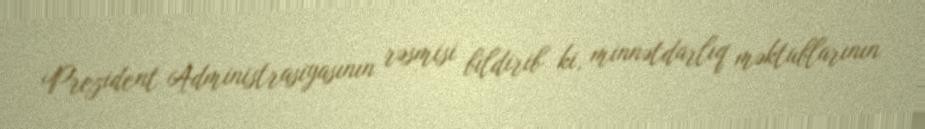
Prezident Administrasiyasının rəsmisi bildirib ki, minnətdarlıq məktublarının